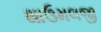
થાઉમલજી